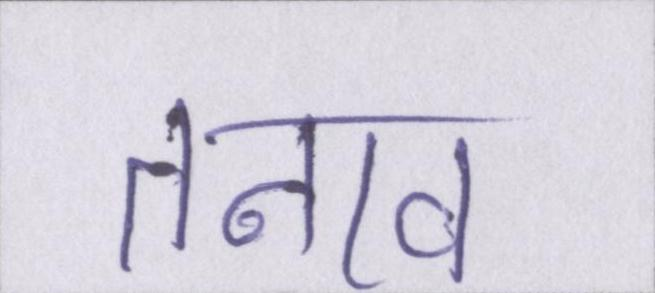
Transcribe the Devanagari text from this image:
तनाव